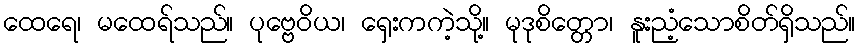
ထေရေ၊ မထေရ်သည်။ ပုဗ္ဗေဝိယ၊ ရှေးကကဲ့သို့။ မုဒုစိတ္တော၊ နူးညံ့သောစိတ်ရှိသည်။